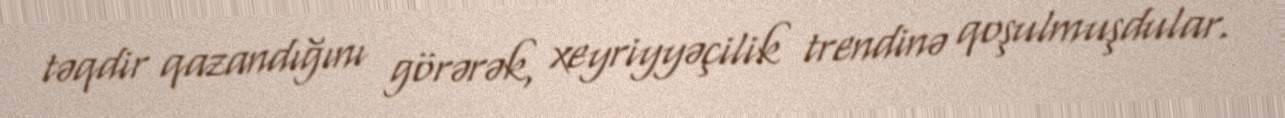
təqdir qazandığını görərək, xeyriyyəçilik trendinə qoşulmuşdular.